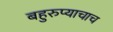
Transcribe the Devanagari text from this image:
बहुरुप्याचाच